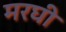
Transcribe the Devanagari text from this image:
मरघी